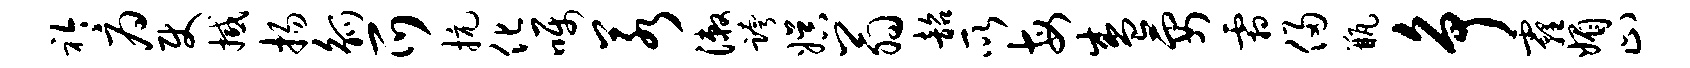
衿府使撼扬觚爪抗化嘱若漱跨娱翁韶所每盛要霜侵瓶争霾媚止